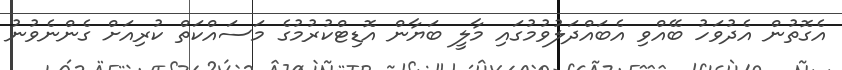
އެގޮތުން އެދުވަހު ބޭއްވި އެބައްދަލުވުމުގައި މާލީ ބަޔާން އޮޑިޓްކުރުމުގެ މަސައްކަތް ކުރިއަށް ގެންނެވުނު